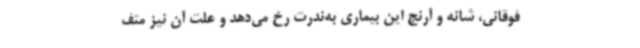
فوقانی، شانه و آرنج این بیماری به‌ندرت رخ می‌دهد و علت آن نیز متف